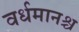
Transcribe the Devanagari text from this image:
वर्धमानश्च